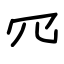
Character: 𦉪